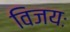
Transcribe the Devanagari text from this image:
विजयः